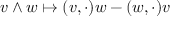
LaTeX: v \wedge w \mapsto ( v , \cdot ) w - ( w , \cdot ) v